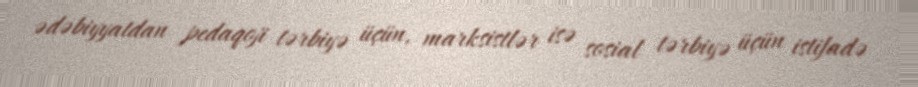
ədəbiyyatdan pedaqoji tərbiyə üçün, marksistlər isə sosial tərbiyə üçün istifadə